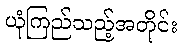
ယုံကြည်သည့်အတိုင်း